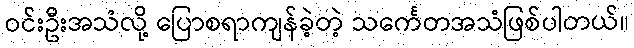
ဝင်းဦးအသံလို့ ပြောစရာကျန်ခဲ့တဲ့ သင်္ကေတအသံဖြစ်ပါတယ်။